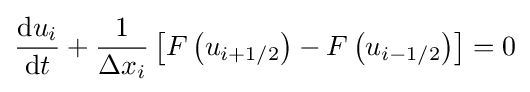
{\frac {\mathrm {d} u_{i}}{\mathrm {d} t}}+{\frac {1}{\Delta x_{i}}}\left[F\left(u_{i+1/2}\right)-F\left(u_{i-1/2}\right)\right]=0